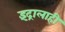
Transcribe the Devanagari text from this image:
इंद्रालाही